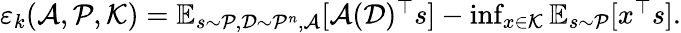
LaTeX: \begin{array}{r}{\varepsilon_{k}(\mathcal{A},\mathcal{P},\mathcal{K})=\mathbb{E}_{s\sim\mathcal{P},\mathcal{D}\sim\mathcal{P}^{n},\mathcal{A}}[\mathcal{A}(\mathcal{D})^{\top}s]-\operatorname*{inf}_{x\in\mathcal{K}}\mathbb{E}_{s\sim\mathcal{P}}[x^{\top}s].}\end{array}